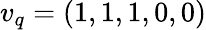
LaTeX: v_{q}=(1,1,1,0,0)